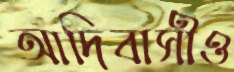
আদিবাসীও